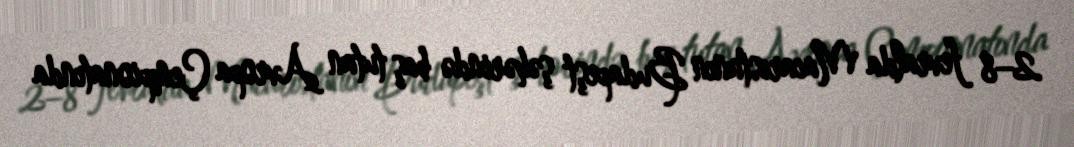
2–8 fevralda Macarıstanın Budapeşt şəhərində baş tutan Avropa Çempionatında